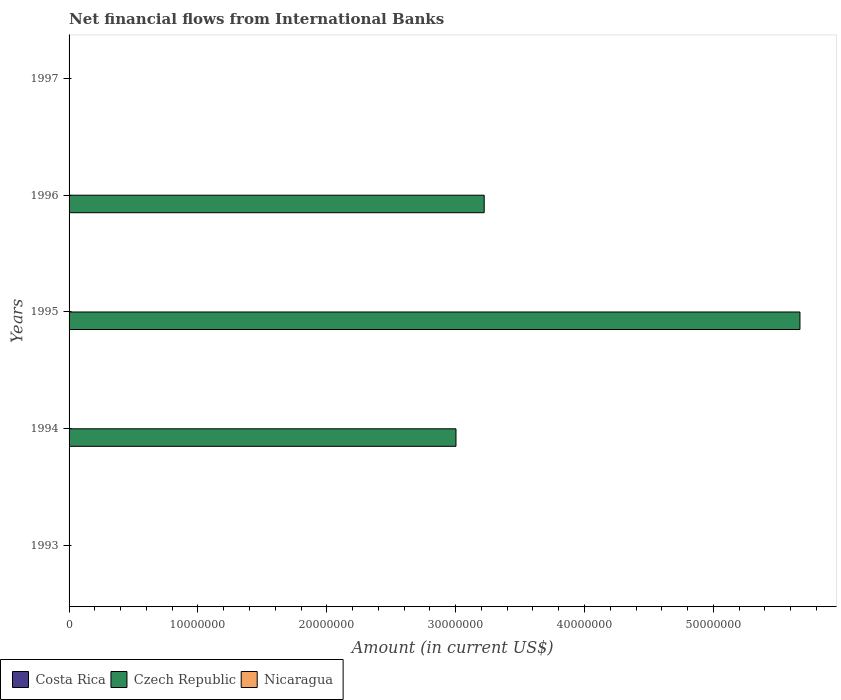
| Years | Costa Rica | Czech Republic | Nicaragua |
 | --- | --- | --- | --- |
 | 1993 | -3.7e+07 | -1.73e+07 | -1.96e+07 |
 | 1994 | -4.54e+07 | 3e+07 | -1.76e+07 |
 | 1995 | -3.9e+07 | 5.67e+07 | -1.48e+07 |
 | 1996 | -3.17e+07 | 3.22e+07 | -1.64e+07 |
 | 1997 | -3.42e+07 | -1.67e+07 | -1.67e+07 |